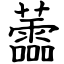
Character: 蘦